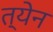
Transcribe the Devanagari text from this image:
त्येन